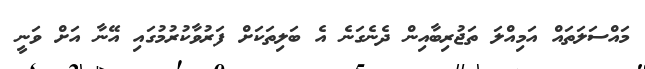
މައްސަލަތައް އަމިއްލަ ތަޖުރިބާއިން ދެނެގަނެ އެ ބަލިތަކަށް ފަރުވާކުރުމުގައި އޭނާ އަށް ވަނީ